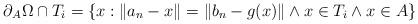
LaTeX: \begin{align*}\partial_{A}\Omega\cap T_{i}=\left\{ x:\|a_{n}-x\|=\|b_{n}-g(x)\|\land x\in T_{i}\land x\in A\right\} \end{align*}